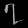
Digit: ၇